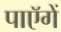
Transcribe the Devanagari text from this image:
पाएॅगें